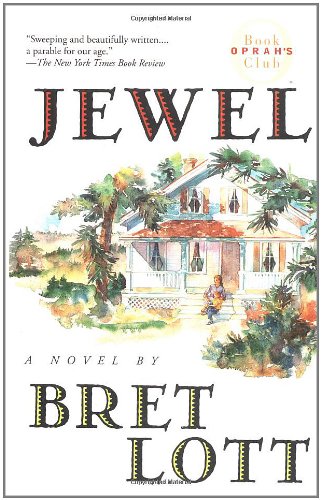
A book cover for Jewel (Oprah's Book Club); Bret Lott; Literature & Fiction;